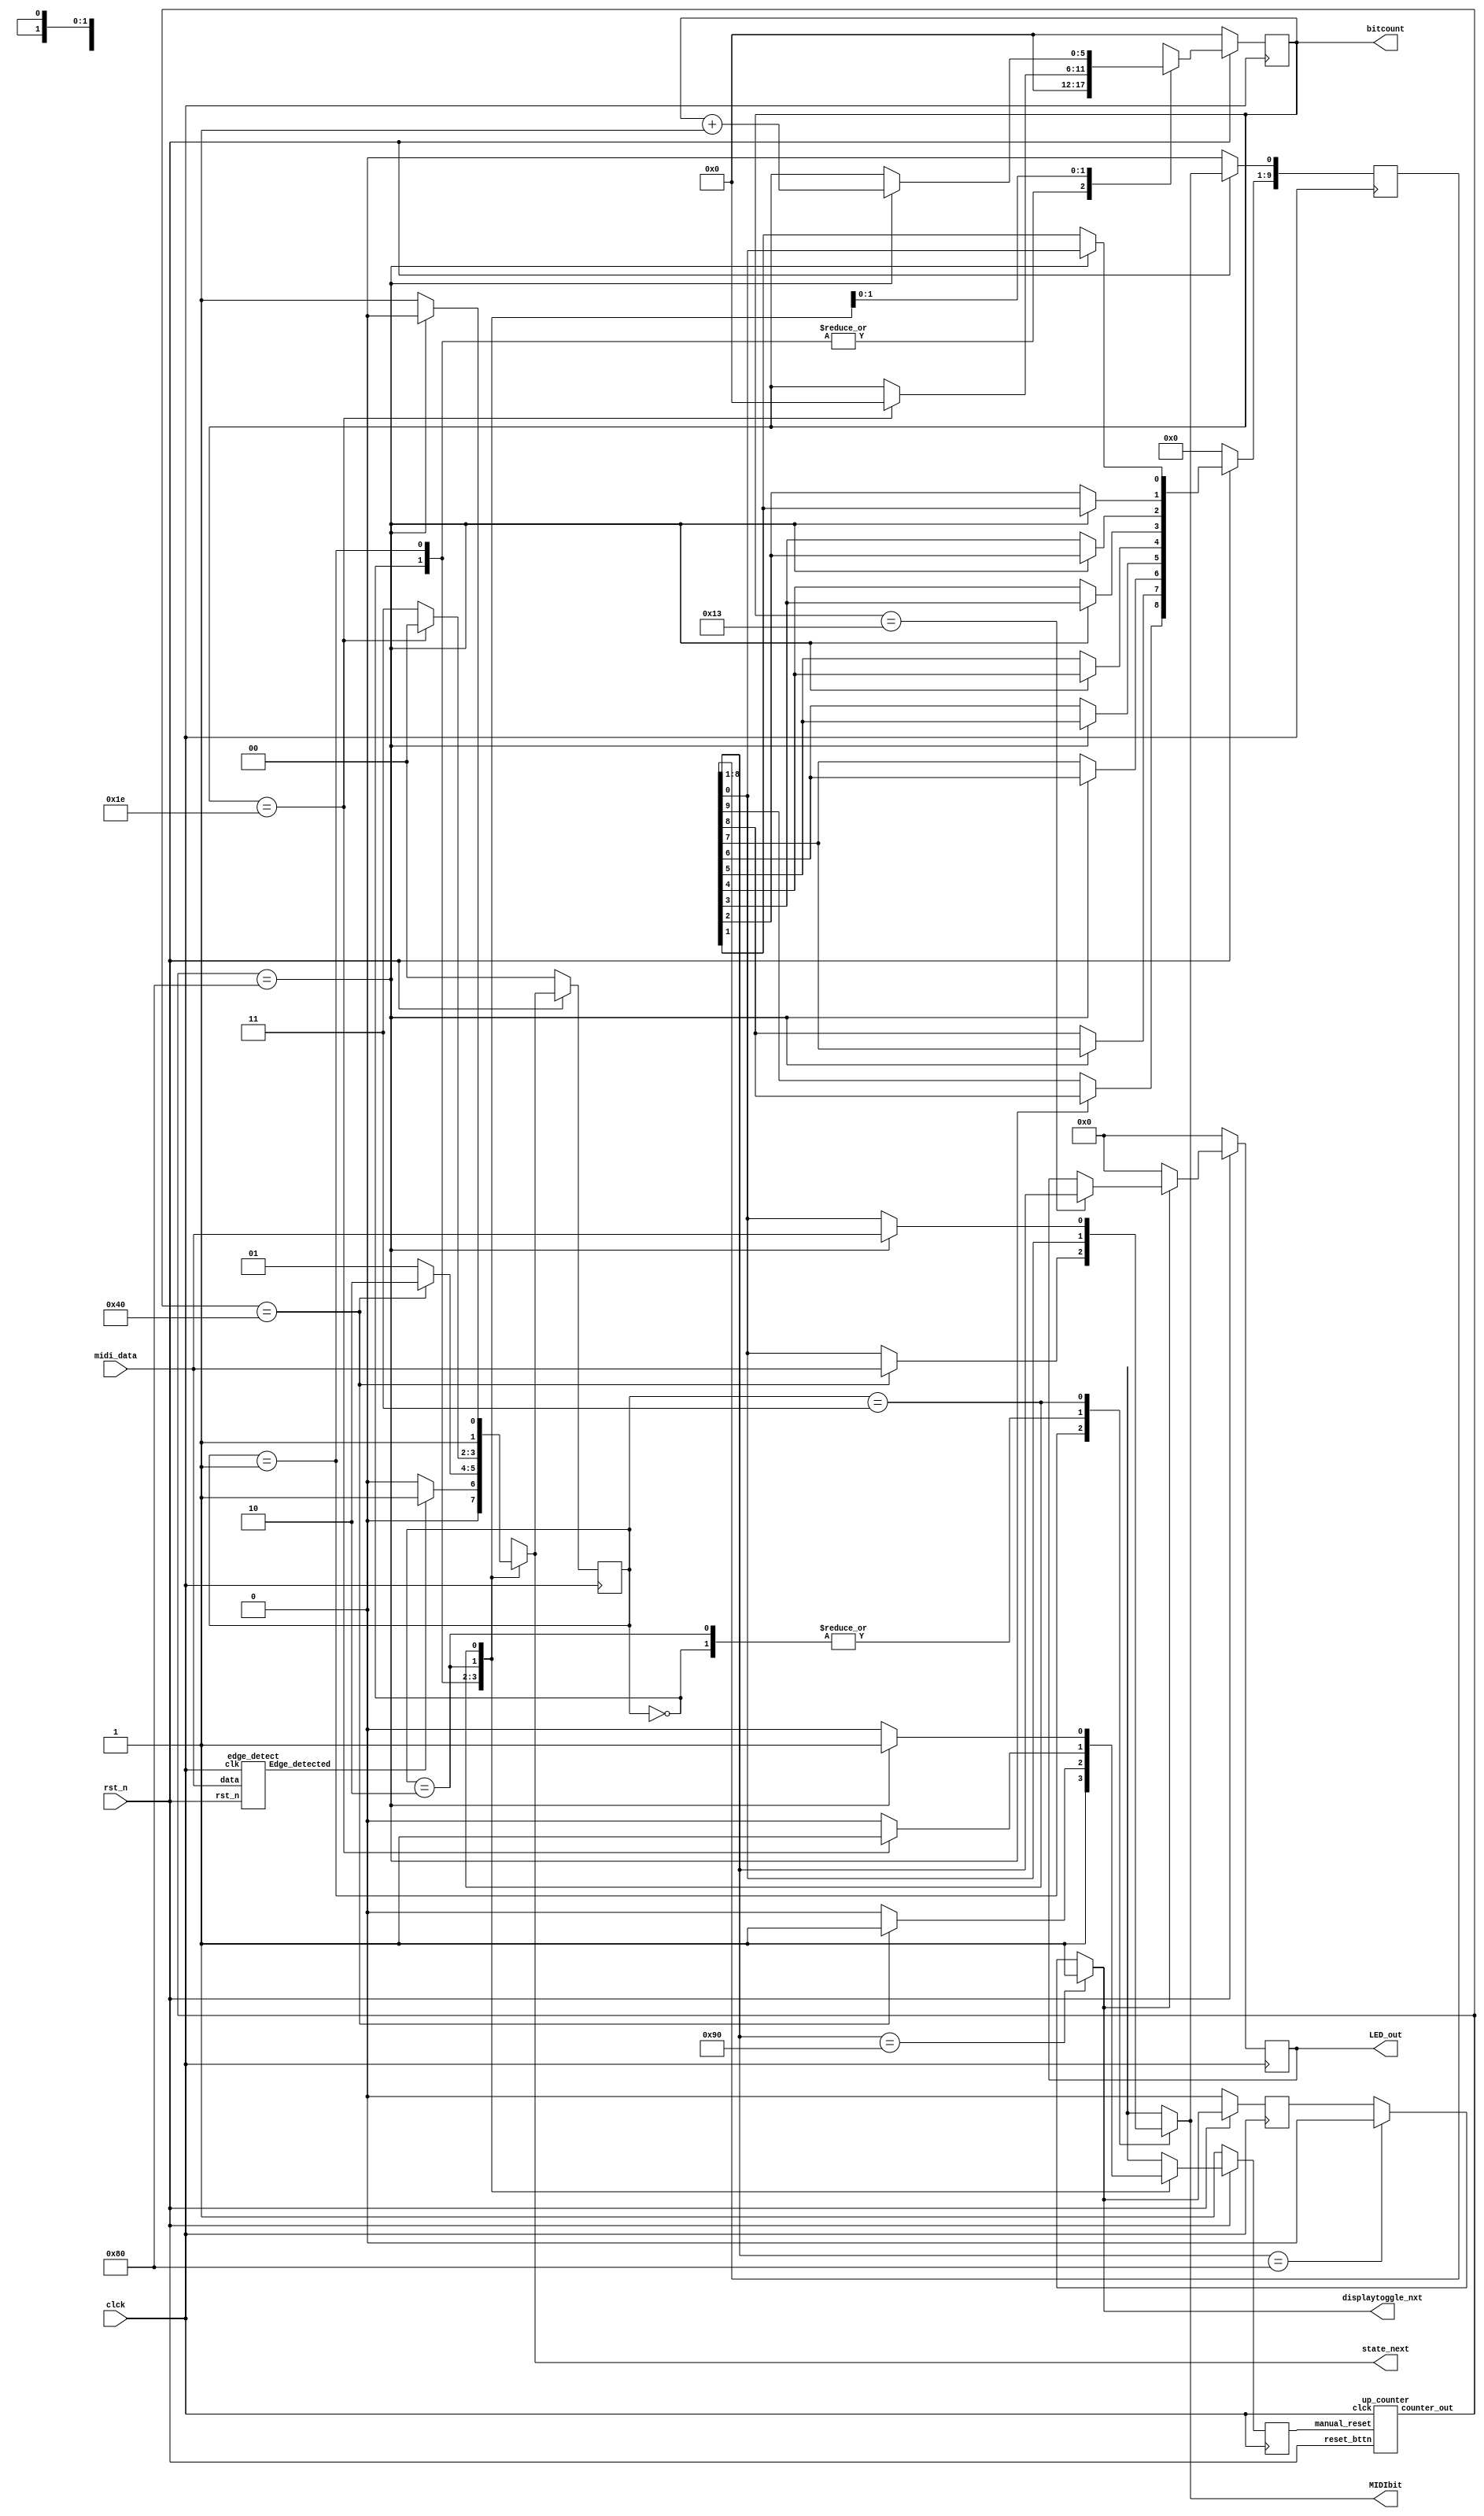
module midiReceive(
clck,
LED_out,
rst_n,
midi_data,
bitcount,
state_next,
MIDIbit,
displaytoggle_nxt
);
//necessary input and outputs
input clck;// input clock 
input rst_n;// reset pin on board
input midi_data;// midi Data
output reg [7:0] LED_out; // LED bar on board

/// All other regs  tagged with output are used only to see the result of the waveform simulation
wire EdgeDetected; // wire to receive the output of the Edge detector module
wire [8:0]counterVal; // Wire to read the current value of the counter
reg manual_reset;// A reg used to reset the timer independent of the reset button
reg [9:0] frame;// a 10 bit register to hold 1 byte, 1 start and 1 stop bit of a MIDI frame
reg [1:0] state;// a 2 bit register to represent all 3 states.: Edge detet(0), initial bit recived (1),receiving all 3 midi bytes(2),and  Sampling a MIDI bit every 32us(3)  
output reg [5:0]bitcount;// This counts how many bits we've sampled so far 
reg displaytoggle=1'b0;// This will let us know when we should display an note
output reg MIDIbit; //register to hold the value sampled from midi_data

// next registers that will pass the updated value to the orginal registers on the next clock cycle
reg [7:0] LED_out_nxt; 
output reg [1:0] state_next; 
output reg displaytoggle_nxt=1'b0;
reg [5:0]bitcount_nxt=6'b000000;
reg [9:0]frame_next;
reg manual_reset_next=1'b0;

up_counter count(counterVal,clck,rst_n,manual_reset);//instantiation of modules
edge_detect fallingedge(midi_data,clck,EdgeDetected,rst_n);

always@(posedge clck)begin 

if (!rst_n) begin //setting all regs to  0 on when resest is pressed
state<=2'b00;
bitcount<=6'b0;
manual_reset<=1'b1;
frame<=10'b000000000;
displaytoggle=1'b0;
LED_out<=8'b00000000;

end
else begin // update registers with new values
state<=state_next;
bitcount<=bitcount_nxt;
manual_reset<=manual_reset_next;
frame[9:1]<=frame_next[8:0];
frame[0]<=MIDIbit;
displaytoggle<=displaytoggle_nxt;
LED_out<=displaytoggle_nxt? LED_out_nxt:8'b00000000;// Displays the curent value of LED_out_nxt if display is true

end  
end 

always@(*) begin 

case(state)

2'b00: begin // this is where we are dectecting an edge 
	if (EdgeDetected)begin // if we detect an edge, move onto the next state
		state_next=2'b01;// Move to next state
		manual_reset_next=1'b1;// Hold the rest for the counter 
		bitcount_nxt=6'b000000;// Keeping bitcount as 0
		MIDIbit=frame[0];// setting MIDIbit to the last bit in frame
		end
	else begin
		state_next=2'b00;// Keep looking for an edge 
		manual_reset_next=1'b1; /// Continue to hold the reset of the timer
		bitcount_nxt=6'b000000;// Keeping bitcount as 0
		MIDIbit=frame[0];// setting MIDIbit to the last bit in frame
		end
		end
2'b01: begin // this is the initial bit state. We will wait 16us for the start bit to arrive and then move to the next state
	if (counterVal==64) begin // if timer counts to 16us go to the sampling state
		manual_reset_next=1'b1;// stop timer 
		state_next=2'b10;// this will send us to the next state
		bitcount_nxt[5:0]=0;// Keeping bitcount as 0
		MIDIbit=midi_data;// sample the start bit
	end
	else begin 
		manual_reset_next=1'b0; // This will let the timer count up
		state_next=2'b01;// stay in the current state until 16us has passed
		bitcount_nxt[5:0]=0;// Keeping bitcount as 0
		MIDIbit=frame[0];// setting MIDIbit to the last bit in frame
	end
	
end		
2'b10: begin // This is the state where we check if all 30 bits have been sampled 
if (bitcount==6'b11110)begin //once all bits have been sampled, go back to state 0
	state_next=2'b00; // go back to edge detect state
	manual_reset_next=1;// stop timer
	bitcount_nxt[5:0]=0;// clear bit counter 
	MIDIbit=frame[0];// setting MIDIbit to the last bit in frame
	
	end 
	else begin// if we still need to sample bits, 
	manual_reset_next=1'b0;// start the counter 
	state_next=2'b11;// send us to the sampleing state
	bitcount_nxt=bitcount;// keep the current bitcount value 
	MIDIbit=frame[0];// setting MIDIbit to the last bit in frame
	end
	end 		

2'b11: begin// This is the sampling state
	
if (counterVal==128)begin// When the counter has counted 32us
	manual_reset_next=1'b1;// Reset timer
	state_next=2'b10;// go back to the pevious state
	bitcount_nxt=bitcount+1'b1; // incremeant bit count 
	MIDIbit=midi_data;// sample the bit from midi_data
	end
	else begin// when we need to keep counting 
	state_next=2'b11;// stay in the current state
	manual_reset_next=1'b0;// continue to count up
	bitcount_nxt=bitcount;// keep the current value of bitcount
	MIDIbit=frame[0];// setting MIDIbit to the last bit in frame
	end 
end 

default: begin 
state_next=2'b00; // go to state 0
manual_reset_next=1'b1;// reset the timer 
MIDIbit=frame[0];//setting MIDIbit to the last bit in frame
bitcount_nxt=6'b0; // set bitcount to 0
end
endcase
end

always @(*) begin 
if (counterVal==128)begin // when we have sampled the secound midi bit
frame_next<=frame;//set frame to frame next
end 
else begin// shift over all values 
frame_next[0]<=frame[1];
frame_next[1]<=frame[2];
frame_next[2]<=frame[3];
frame_next[3]<=frame[4];
frame_next[4]<=frame[5];
frame_next[5]<=frame[6];
frame_next[6]<=frame[7];
frame_next[7]<=frame[8];
frame_next[8]<=frame[9];
frame_next[9]<=frame[9];
end 
end


always @(*) begin 
if (frame[8:1]==8'h90)begin// when frame is 0x90(note on)
displaytoggle_nxt=1;// set display toggle to 1
end 
else if (frame[8:1]==8'h80) begin // when frame is 0x80(note off)
displaytoggle_nxt=0;// set display toggle to 0
end 
else begin
displaytoggle_nxt=displaytoggle;// set the next value to the current value 
end
end

always @(*) begin 
if (bitcount==19)begin// if we have finshed sampling the seconf MIDI byte
LED_out_nxt=frame[8:1];// set thhose bits to LED out
end 
else begin
LED_out_nxt=LED_out; // set the next value to the current value 
end
end

endmodule

// SUb modules 
module up_counter    (
  counter_out     ,  // Output Value of the counter 
  clck     ,  // clock Input
  reset_bttn, // reset button
  manual_reset // A reset independent of the clock
  );
// try to push the counter on the clock and update it off the clock 
//----------Output Ports--------------
     output reg [8:0] counter_out;
      reg [8:0] counter_nxt = 8'b0;
     //reg [8:0]out_next;
 //------------Input Ports--------------
      input reset_bttn,clck,manual_reset;
always @(*)begin 
if (manual_reset)begin // if we reset
counter_nxt=0;// set the counter to 0 
end else begin 
counter_nxt=counter_out+1'b1;// incremeant the counter 
end 
end
 
 always @(posedge clck) begin 
 if (!reset_bttn) begin
     counter_out <= 8'b00000000 ;// reset counter to an 8 bit zero value
 end else begin
    counter_out <= counter_nxt; //update counter with current value
  end
  end
 
     
endmodule

module edge_detect	(// this module will detect if the MIDI data line has a falling edge, indicating that a set of bytes is incomming
	input data,// Data line of midi
	input clk,// clock input
	output reg Edge_detected,// an output that lets us know if if an edge was detected 
	input rst_n// This tells us when the reset pin has been set
	);
	reg r1=0; 
	reg r2=0;
	reg Edge=0;
	
	always @(*) begin 
	if (r1==0 && r2==1)begin// if r1 and r2 have differnt values 
     Edge = 1; //Edge is detected 
     end
     else begin 
		 Edge = 0;// Edge not detected
		end
		end
		
	always @(posedge clk) begin
	if (!rst_n)begin // if reset is pressed, reset registers to 0
	r1 <= 0;
	r2 <= 0;
	Edge_detected<=0;
	end
	else begin // shift 1 bit of MIDI data into r1 and r2
		r1 <= data;
		r2 <= r1;
		Edge_detected<= Edge; 
	end
	end
	
endmodule